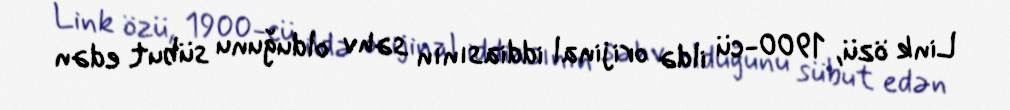
Link özü, 1900-cü ildə orijinal iddiasının səhv olduğunu sübut edən